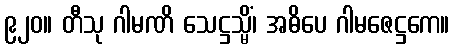
၉၂၀။ တီသု ဂါမဏိ သေဋ္ဌသ္မိံ၊ အဓိပေ ဂါမဇေဋ္ဌကေ။